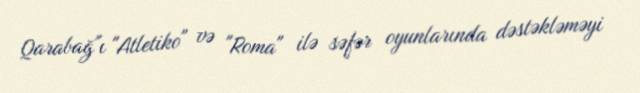
Qarabağ"ı "Atletiko" və "Roma" ilə səfər oyunlarında dəstəkləməyi